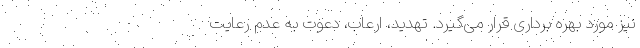
نیز مورد بهره برداری قرار می‌گیرد. تهدید، ارعاب، دعوت به عدم رعایت